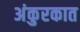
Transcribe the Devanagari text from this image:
अंकुरकात